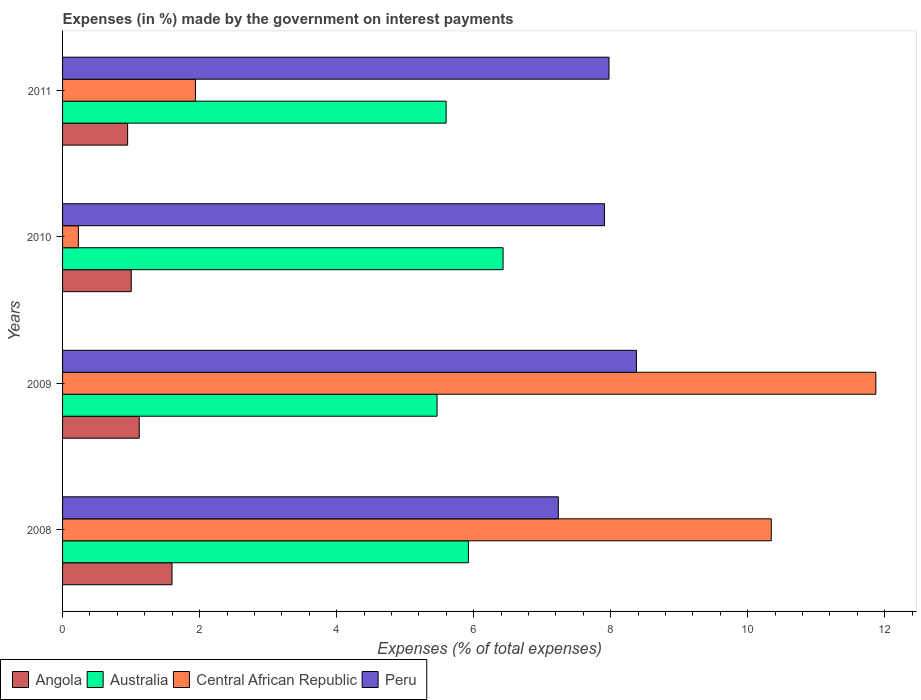
| Years | Angola | Australia | Central African Republic | Peru |
 | --- | --- | --- | --- | --- |
 | 2008 | 1.6 | 5.92 | 10.3 | 7.24 |
 | 2009 | 1.12 | 5.47 | 11.9 | 8.38 |
 | 2010 | 1 | 6.43 | 0.231 | 7.91 |
 | 2011 | 0.95 | 5.6 | 1.94 | 7.98 |